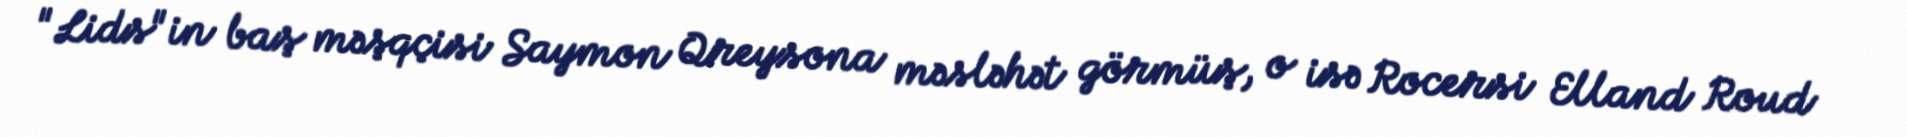
"Lids"in baş məşqçisi Saymon Qreysona məsləhət görmüş, o isə Rocersi Elland Roud